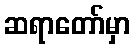
ဆရာတော်မှာ